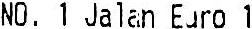
NO. 1 JALAN EURO 1